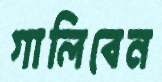
গালিবেন